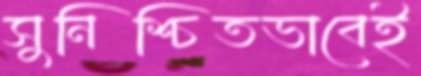
সুনিশ্চিতভাবেই